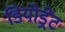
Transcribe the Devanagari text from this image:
डियोड्रेंट